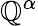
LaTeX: \mathbb{Q}^{\alpha}